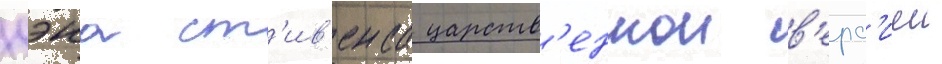
дэна ст'ив'енса царств'еннои в'ерс'иеи